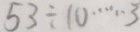
5 3 \div 1 0 \cdots 3